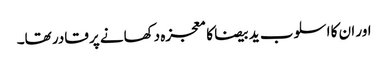
اور ان کا اسلوب ید بیضا کا معجزہ دکھانے پر قادر تھا۔